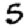
Digit: 5